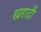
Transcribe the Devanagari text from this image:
खरादी